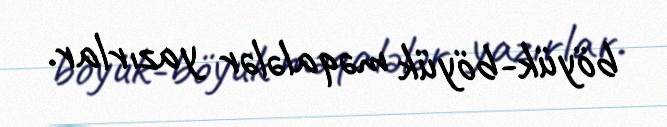
böyük-böyük məqalələr yazırlar.